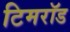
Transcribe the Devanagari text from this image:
टिमरॉड